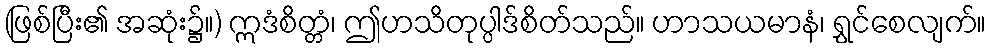
(ဖြစ်ပြီး၏ အဆုံး၌။) ဣဒံစိတ္တံ၊ ဤဟသိတုပ္ပါဒ်စိတ်သည်။ ဟာသယမာနံ၊ ရွှင်စေလျက်။